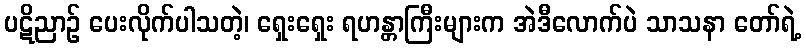
ပဋိညာဉ် ပေးလိုက်ပါသတဲ့၊ ရှေးရှေး ရဟန္တာကြီးများက အဲဒီလောက်ပဲ သာသနာ တော်ရဲ့